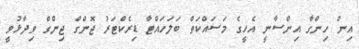
އިން ހިންގާ އިންސާނީ އެހީގެ މަސައްކަތް ބަލަހައްޓާ ޑިރެކްޓަރު ޖޮންގް ޖިންގް ވިދާޅުވީ